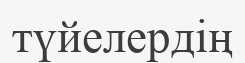
түйелердің